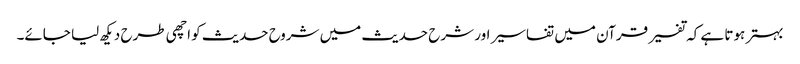
بہتر ہوتا ہے کہ تفسیر قرآن میں تفاسیر اور شرح حدیث میں شروح حدیث کو اچھی طرح دیکھ لیا جائے۔